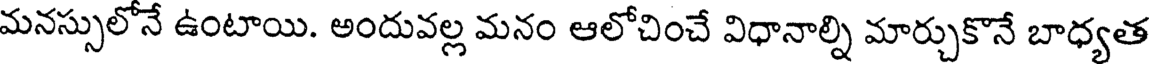
మనస్సులోనే ఉంటాయి. అందువల్ల మనం ఆలోచించే విధానాల్ని మార్చుకొనే బాధ్యత